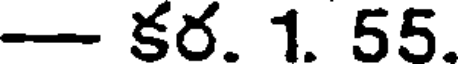
- కర. 1. 55.